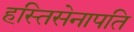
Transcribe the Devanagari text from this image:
हस्तिसेनापति